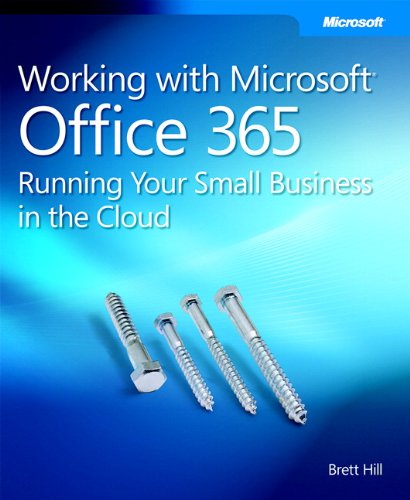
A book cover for Working with Microsoft Office 365: Running Your Small Business in the Cloud (Business Skills); Brett Hill; Computers & Technology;